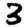
Digit: 3